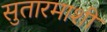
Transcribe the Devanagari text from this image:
सुतारमाशी